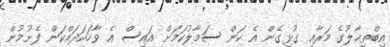
އިބްތިޙާލުގެ މަރާއި ގުޅިގެން އެ ކަން ސަމާލުކަމަށް އައިސް އެ ވާހަކަދައްކަން ފެށުމުން